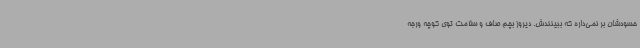
‌حسودشان بر نمی‌داره که ببینندش. دیروز بچم صاف و سلامت توی کوچه ورجه